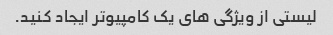
لیستی از ویژگی های یک کامپیوتر ایجاد کنید.